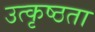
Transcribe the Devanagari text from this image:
उत्कृष्ठता